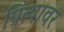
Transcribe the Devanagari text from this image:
पित्यावर